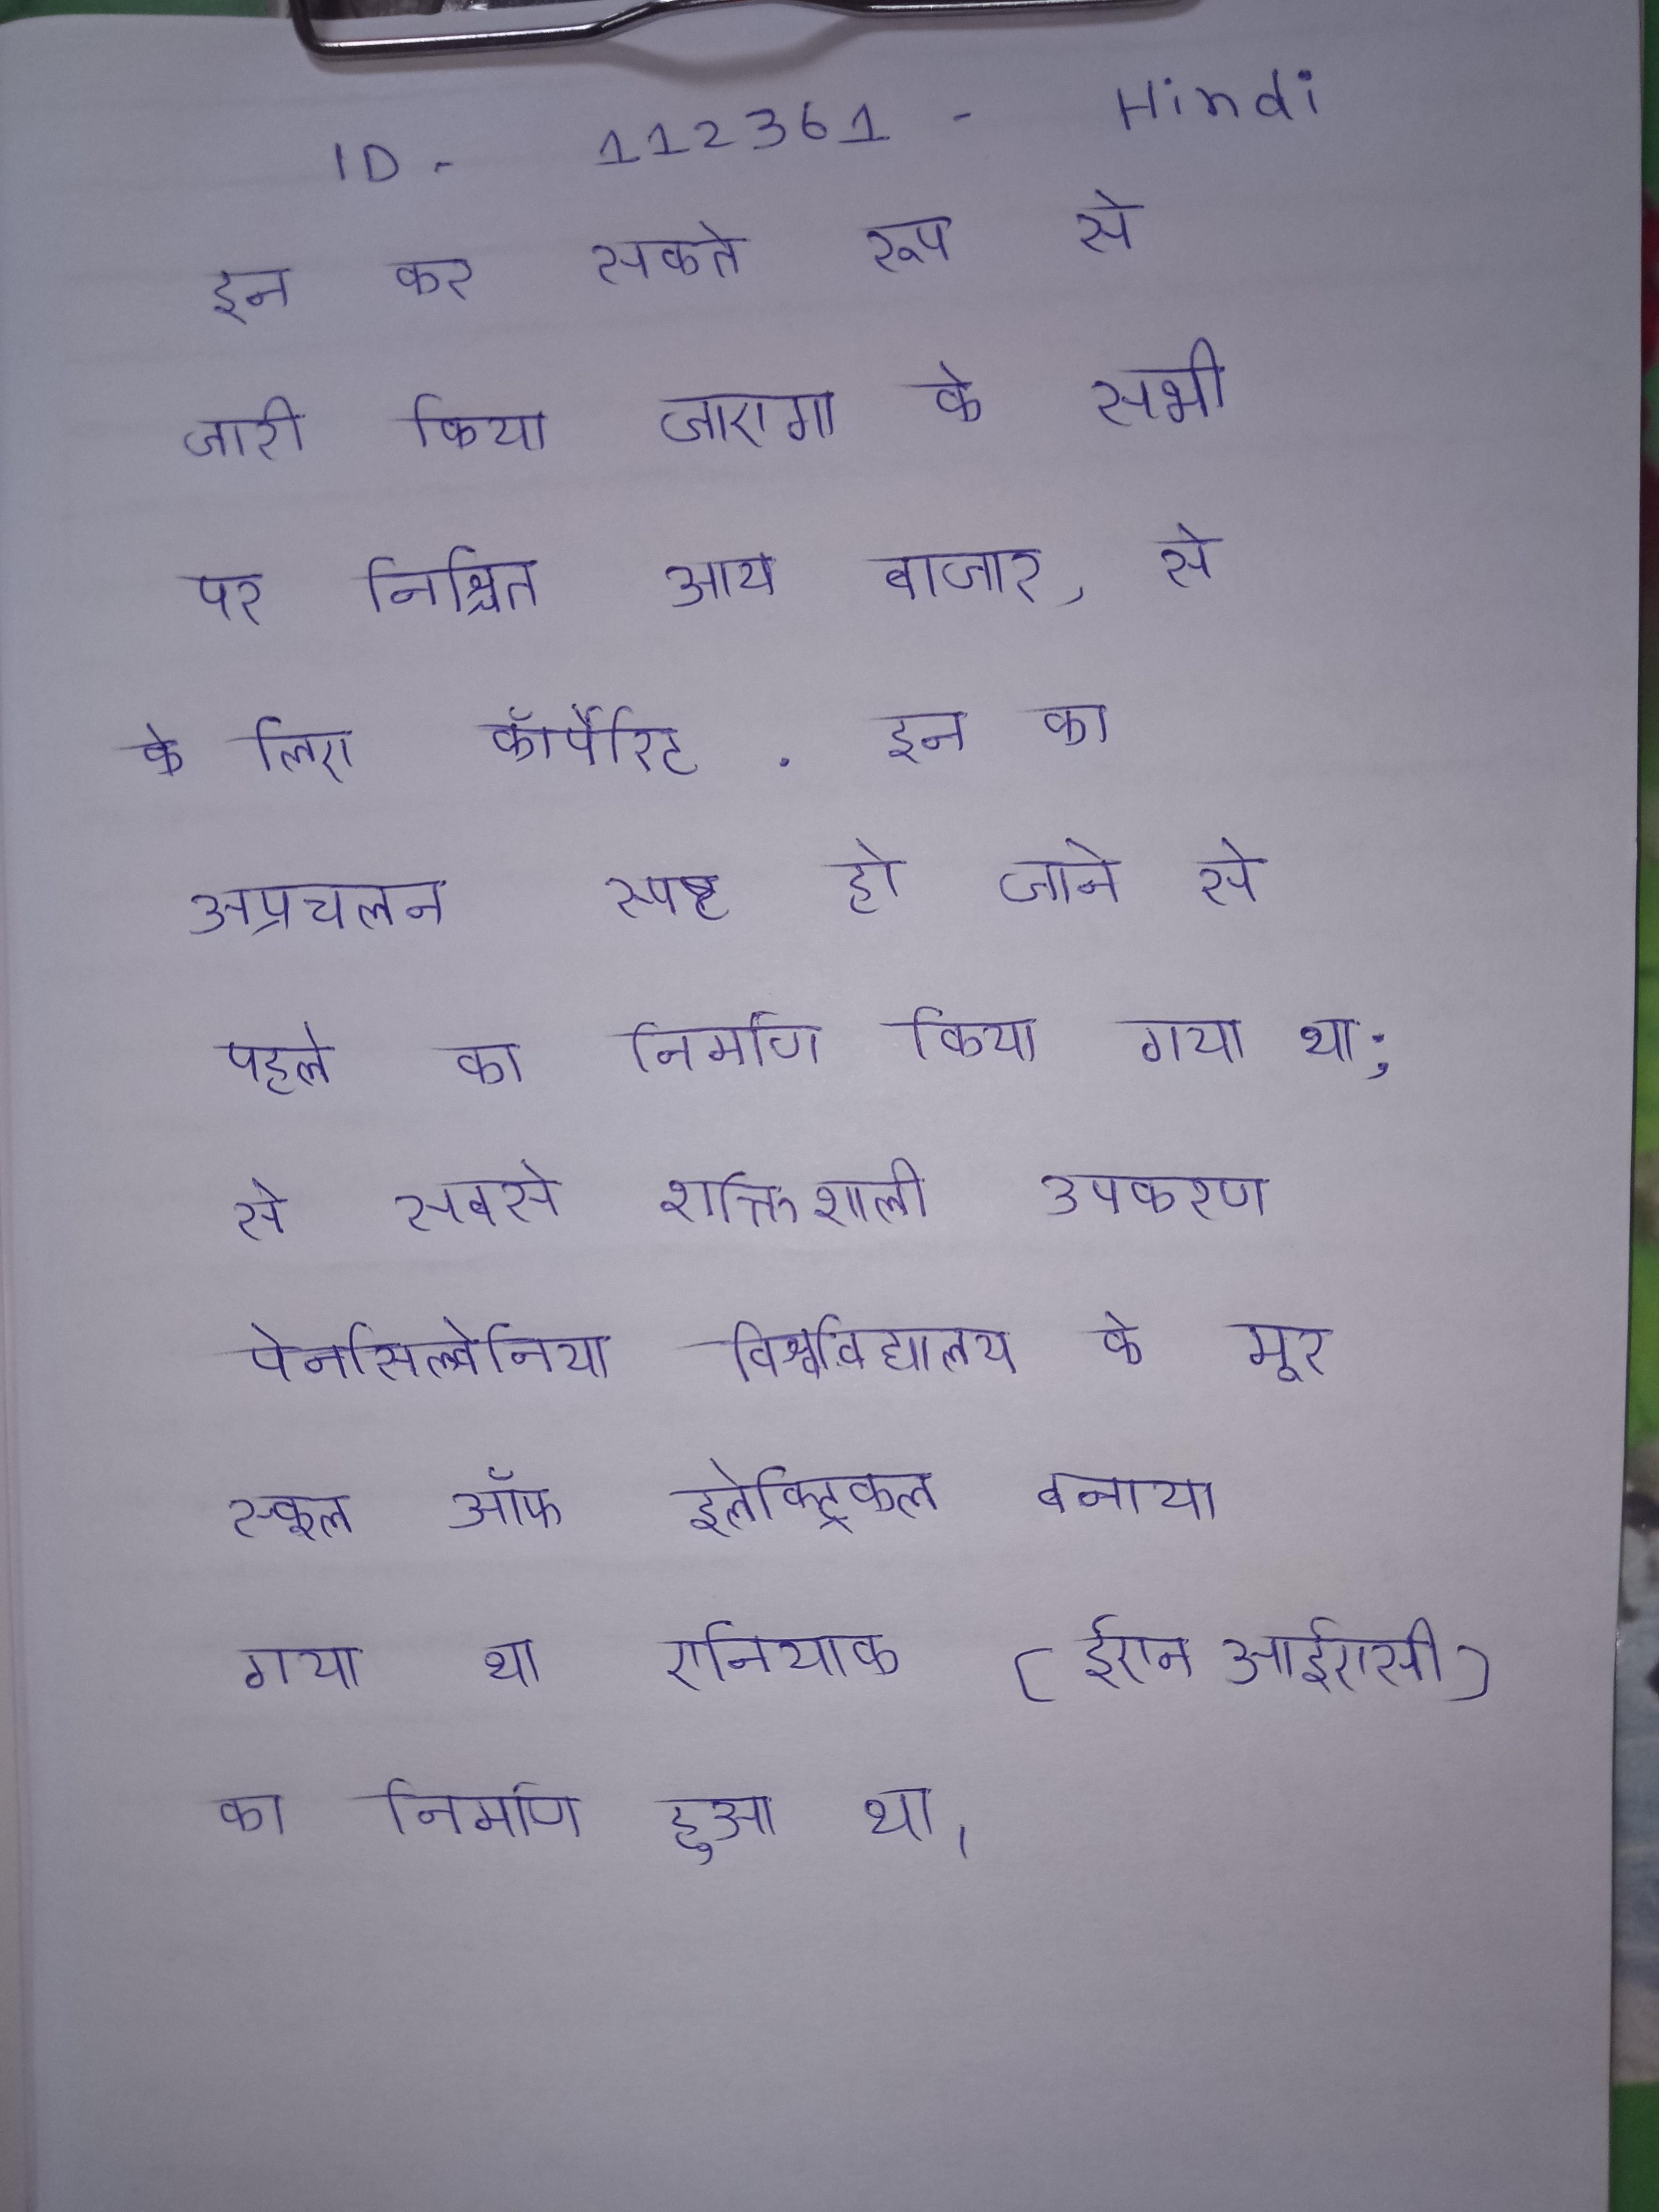
इन कर सकते रूप से जारी किया जाएगा के सभी पर निश्चित आय बाजार, से के लिए कॉर्पोरेट . इन का अप्रचलन स्पष्ट हो जाने से पहले का निर्माण किया गया था; से सबसे शक्तिशाली उपकरण पेनसिल्वेनिया विश्वविद्यालय के मूर स्कूल ऑफ इलेक्ट्रिकल बनाया गया था एनियाक (ईएनआईएसी) का निर्माण हुआ था ।